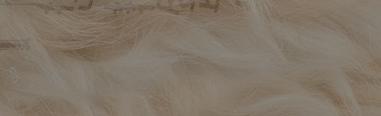
مطعم البيت اللبناني الأصي